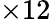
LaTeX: \times 12